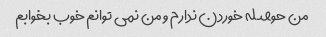
من حوصله خوردن ندارم و من نمی توانم خوب بخوابم